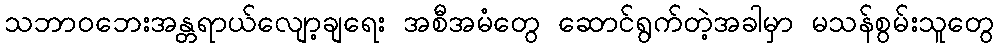
သဘာဝဘေးအန္တရာယ်လျော့ချရေး အစီအမံတွေ ဆောင်ရွက်တဲ့အခါမှာ မသန်စွမ်းသူတွေ